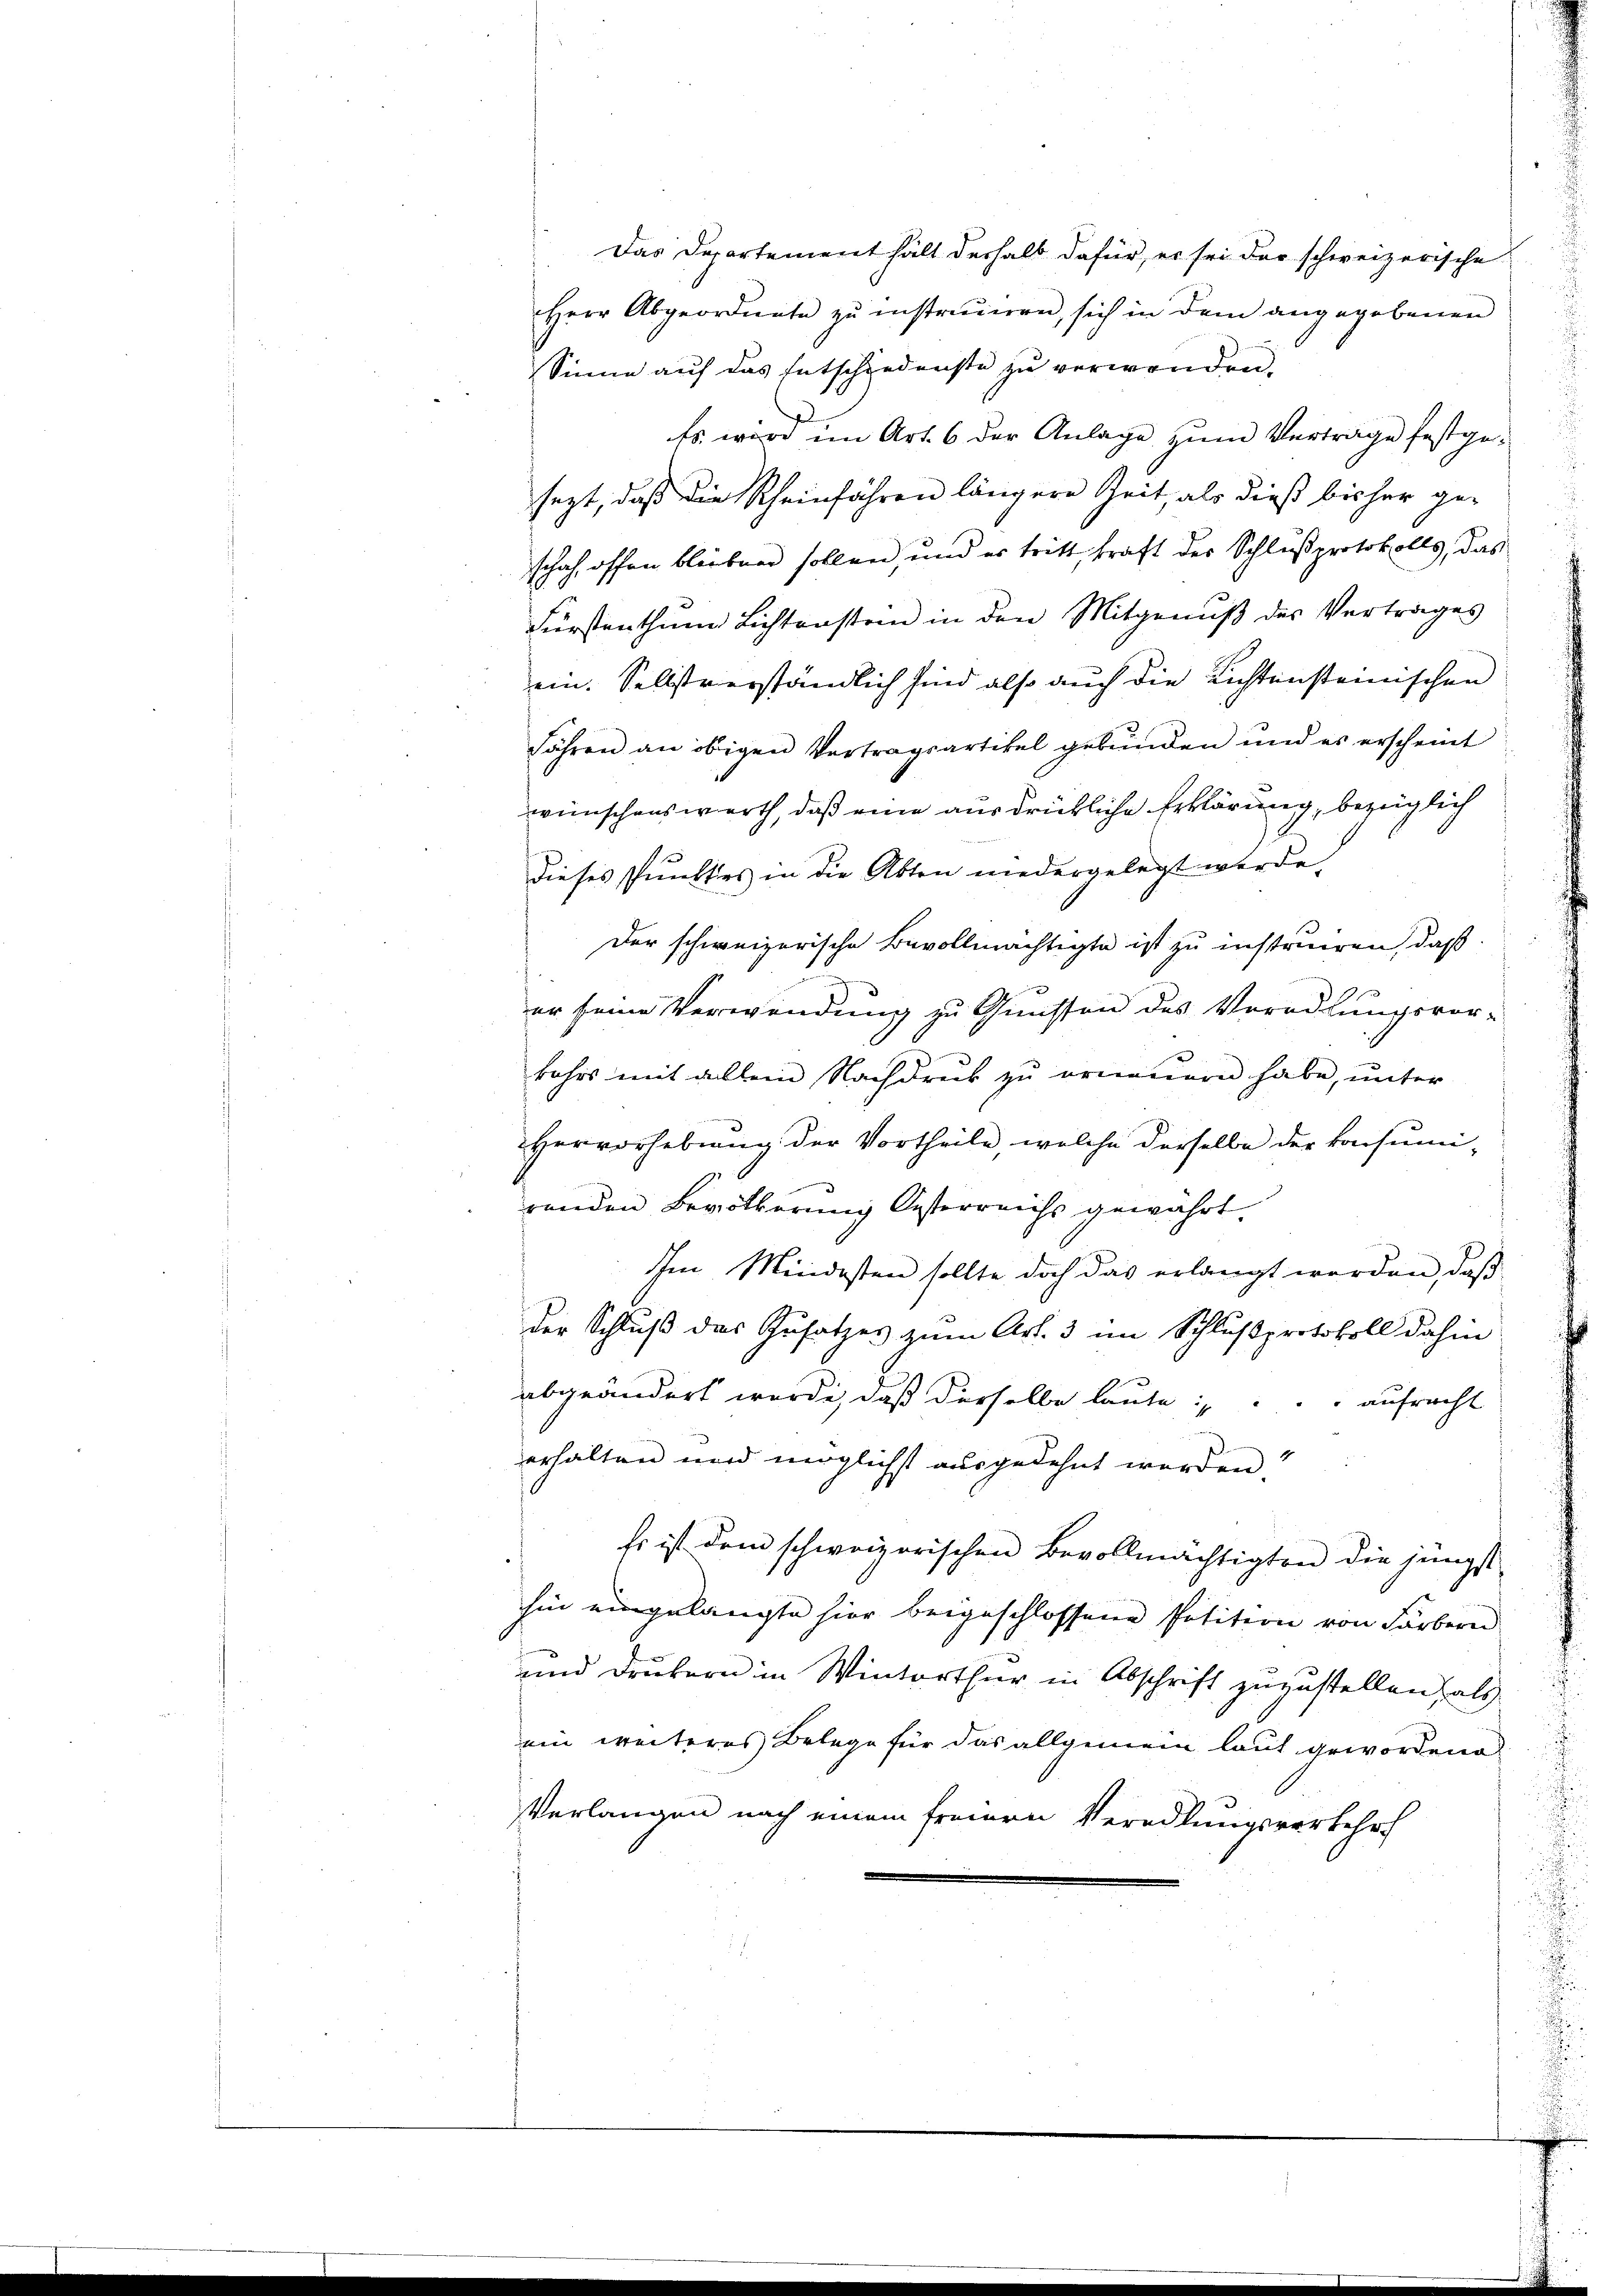
Sinne auf das Entschiedenste zu verwenden.
Es wird im Art. 6 der Anlage zum Verträge festgesezt, daß die Rheinfahren längere Zeit, als dieß bisher geschah, offen bleiben sollen, und er tritt, kraft der Schlußprotokolls, das
Fürstenthum Lichtenstein in den Mitgenuß des Vertrages
ein. Selbstverständlich sind also auch die Richtensteinischen
jähren an obigen Vertragsartikel gebunden und es erscheint
wünschenswerth, daß eine ausdrückliche Erklärung, bezüglich
dieses Punktes in die Akten niedergelegt werde,
Der schweizerische Bevollmächtigte ist zu instruiren, daß
er seine Verwendung zu Quisson des Veradlungsvor-
bahrs mit allem Nachdruck zu erneuern habe, unter
Hervorhebung der Vortheile, welche derselbe der konsumi-
renden Bevölkerung Oesterreichs gewährt.
Ihm Mindesten sollte doch das erlangt werden, daß
der Schluß das Zusatzes zum Art. 3 im Schlußprotokoll dahin
abgeändert werde, daß derselbe laute aufrecht
erhalten und möglichst ausgedehnt werden
Es ist dem schweizerischen Bevollmächtigten die jüngst
hin eingelangte hier beigeschlossene Petition von Färbern
und Drubern in Winterthur in Abschrift zuzustellen, als
ein weiteres Belege für das allgemein laut gewordene
d
Verlangen nach einem freiern Veredlungsverkehrt

Das Departement hält deshalb dafür, er sei der schweizerische
Herr Abgeordnete zŭ instruieren, sich in dem angegebenen